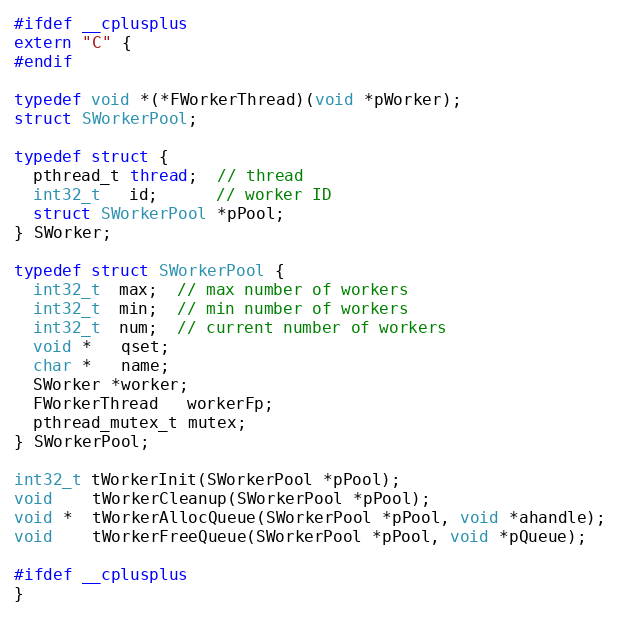
Language: C
#ifdef __cplusplus
extern "C" {
#endif

typedef void *(*FWorkerThread)(void *pWorker);
struct SWorkerPool;

typedef struct {
  pthread_t thread;  // thread
  int32_t   id;      // worker ID
  struct SWorkerPool *pPool;
} SWorker;

typedef struct SWorkerPool {
  int32_t  max;  // max number of workers
  int32_t  min;  // min number of workers
  int32_t  num;  // current number of workers
  void *   qset;
  char *   name;
  SWorker *worker;
  FWorkerThread   workerFp;
  pthread_mutex_t mutex;
} SWorkerPool;

int32_t tWorkerInit(SWorkerPool *pPool);
void    tWorkerCleanup(SWorkerPool *pPool);
void *  tWorkerAllocQueue(SWorkerPool *pPool, void *ahandle);
void    tWorkerFreeQueue(SWorkerPool *pPool, void *pQueue);

#ifdef __cplusplus
}